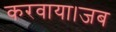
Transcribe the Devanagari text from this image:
करवाया।जब